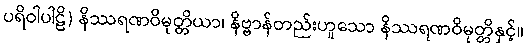
ပရိဝါပါဠိ) နိဿရဏဝိမုတ္တိယာ၊ နိဗ္ဗာန်တည်းဟူသော နိဿရဏဝိမုတ္တိနှင့်။